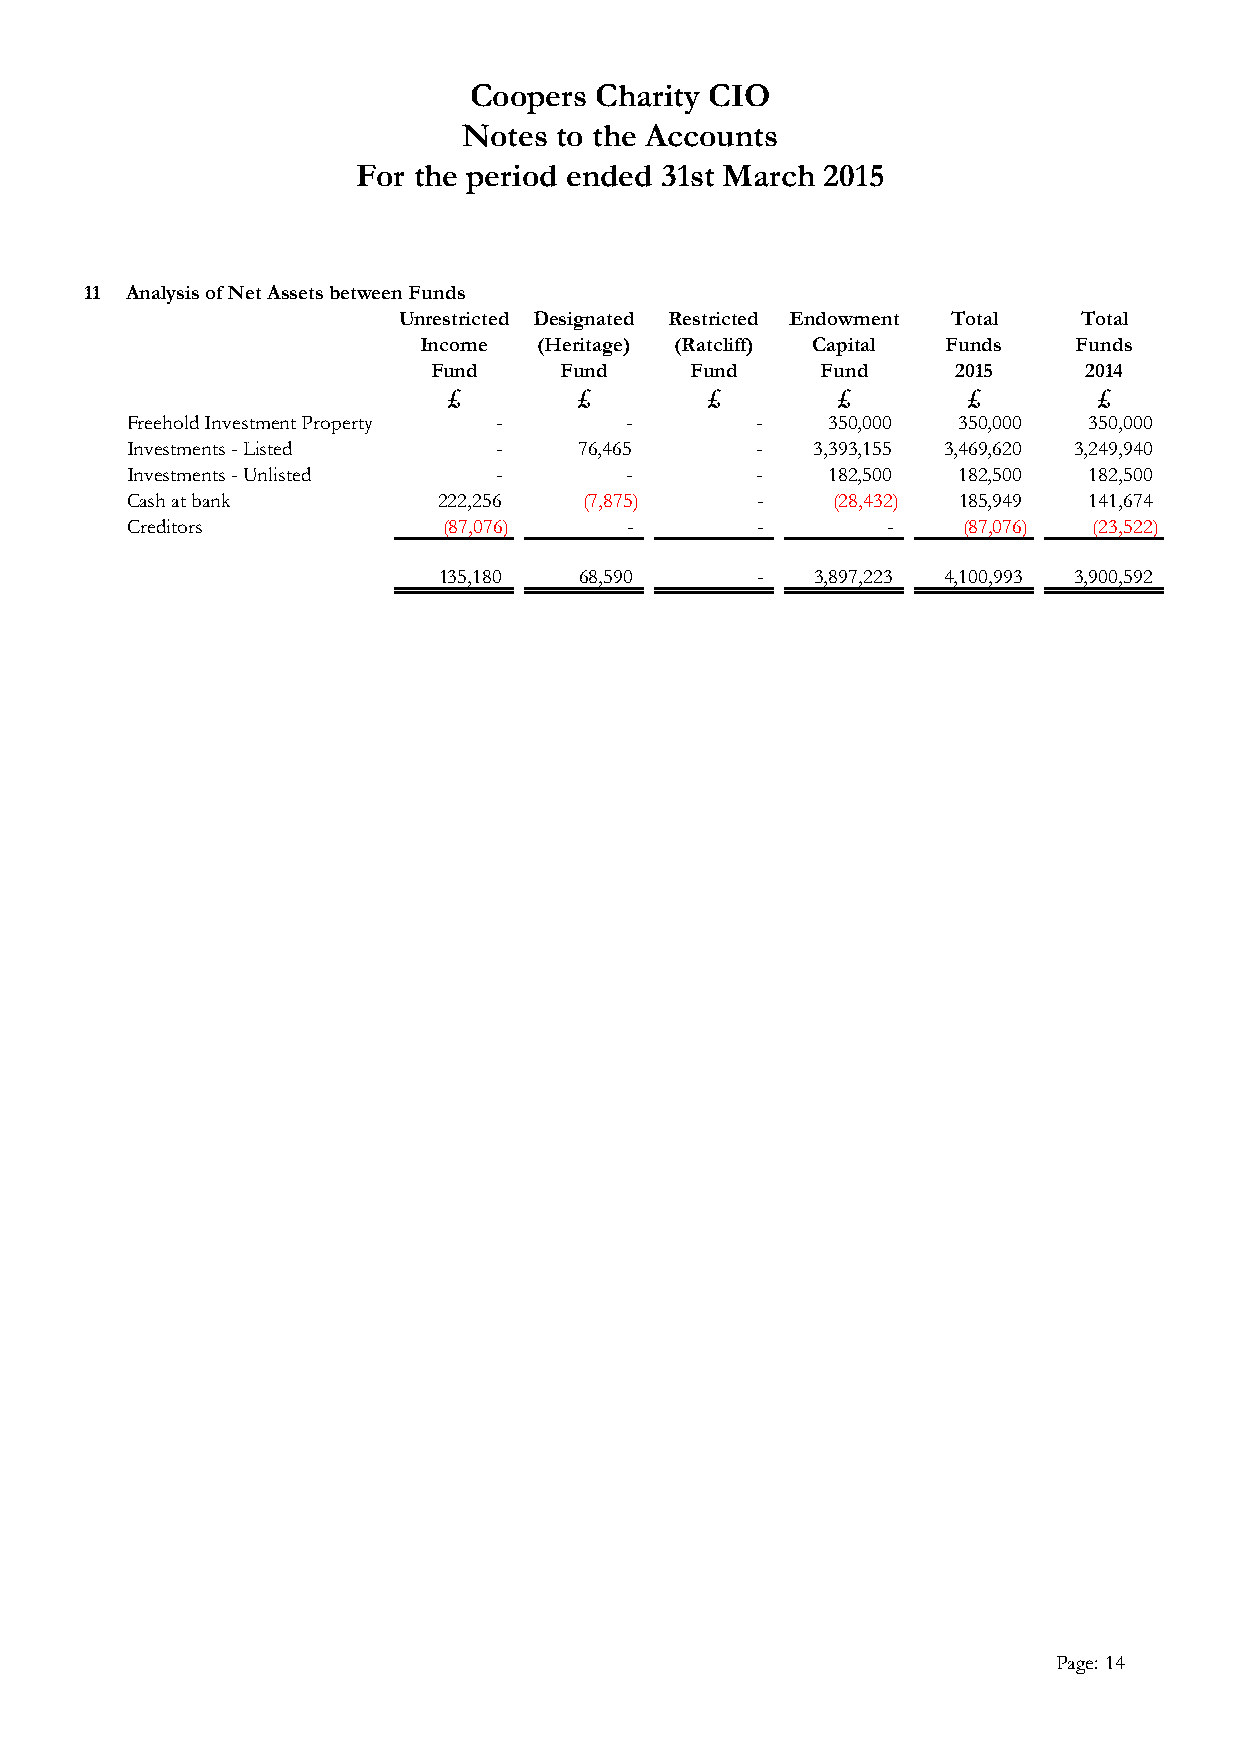
Coopers Charity CIO
 Notes to the Accounts
 For the period ended 31st March 2015
 11 Analysis of Net Assets between Funds
 Unrestricted Designated Restricted Endowment Total Total
 Income  (Heritage) (Ratcliff) Capital Funds Funds
 Fund    Fund     Fund    Fund     2015     2014
 £       £        £       £        £        £
 Freehold Investment Property -   -        -    350,000 350,000  350,000
 Investments - Listed     -    76,465      -   3,393,155 3,469,620 3,249,940
 Investments - Unlisted   -       -        -    182,500 182,500  182,500
 Cash at bank         222,256   (7,875)    -    (28,432) 185,949 141,674
 Creditors            (87,076)    -        -        -    (87,076) (23,522)
 135,180  68,590      -   3,897,223 4,100,993 3,900,592
 Page: 14